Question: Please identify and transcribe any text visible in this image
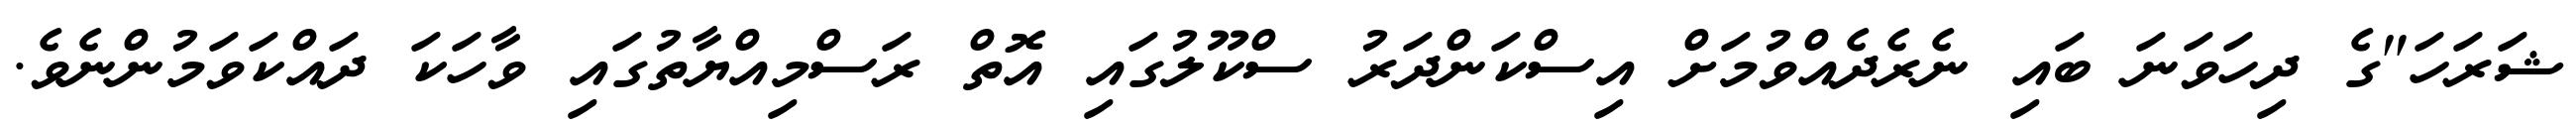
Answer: ޝަރަހަ"ގެ ދިހަވަނަ ބައި ނެރެދެއްވުމަށް އިސްކަންދަރު ސްކޫލުގައި އޮތް ރަސްމިއްޔާތުގައި ވާހަކަ ދައްކަވަމުންނެވެ.